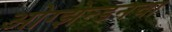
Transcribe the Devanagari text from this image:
ओग्झेन्डनचा